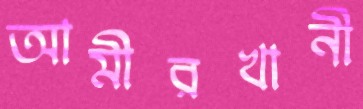
আমীরখানী